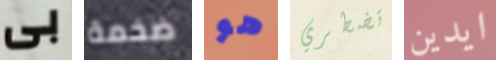
بى ضخمة هو تضطري ايدين